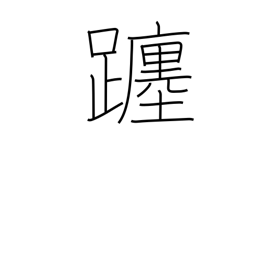
Meaning: movement of the sun/moon through the heavens